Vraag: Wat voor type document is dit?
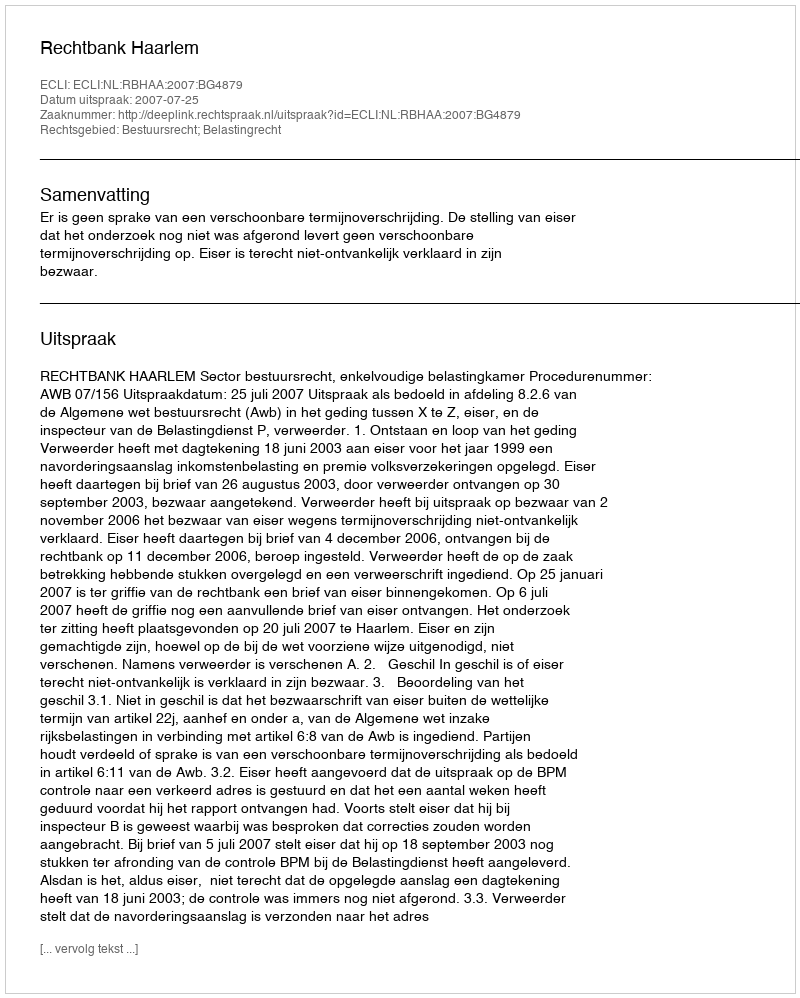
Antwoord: Uitspraak